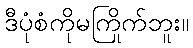
ဒီပုံစံကိုမကြိုက်ဘူး။